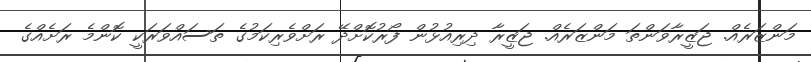
މަންޒަރެއް. ޖަޒީރާވަންތަ މަންޒަރެއް. ޖަޒީރާ ދިރިއުޅުން ފޯރުކޮށްދޭ ރަށްވެރިކަމުގެ ތަސައްވަރަކީ ކޮންމެ ރަށެއްގެ